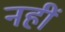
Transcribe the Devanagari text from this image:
नहीं